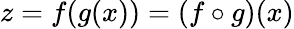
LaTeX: z=f(g(x))=(f\circ g)(x)